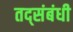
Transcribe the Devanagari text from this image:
तद्संबंधी